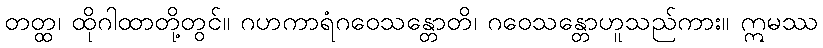
တတ္ထ၊ ထိုဂါထာတို့တွင်။ ဂဟကာရံဂဝေသန္တောတိ၊ ဂဝေသန္တောဟူသည်ကား။ ဣမဿ